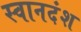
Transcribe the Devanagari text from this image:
स्वानदंश